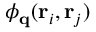
\phi _ { \mathbf { q } } ( \mathbf { r } _ { i } , \mathbf { r } _ { j } )